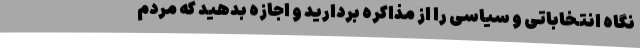
نگاه انتخاباتی و سیاسی را از مذاکره بردارید و اجازه بدهید که مردم